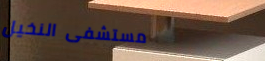
مستشفى النخيل